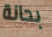
بحانة